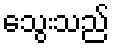
သွေးသည်